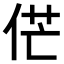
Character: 𠉋